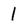
Character: l